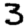
Digit: 3